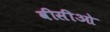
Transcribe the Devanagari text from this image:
वीसीओ